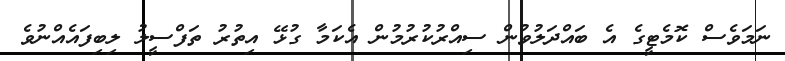
ނަމަވެސް ކޮމެޓީގެ އެ ބައްދަލުވުން ސިއްރުކުރުމުން އެކަމާ ގުޅޭ އިތުރު ތަފްސީލު ލިބިފައެއްނުވެ